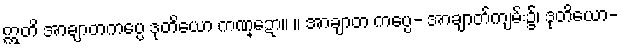
ဣတိ အာချာတကပ္ပေ ဒုတိယော ကဏ္ဍော။ ။ အာချာတ ကပ္ပေ- အာချာတ်ကျမ်း၌၊ ဒုတိယော-